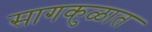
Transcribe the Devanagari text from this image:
सागकुळात